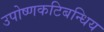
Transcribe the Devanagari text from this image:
उपोष्णकटिबन्धिय